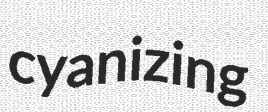
cyanizing